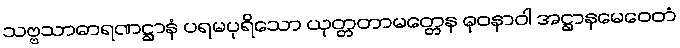
သဗ္ဗသာဓာရဏဋ္ဌာနံ ပရမပုရိသော ယုတ္တတာမတ္တေန ဓုဝနာဝါ အဋ္ဌာနမေဝေတံ